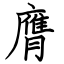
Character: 膺